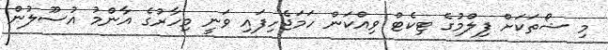
މި ޝޯތަކަށް ފިލްމުގެ ޓިކެޓް ވިއްކަން ހަމަޖެހިފައި ވަނީ މިހާރުގެ އާންމު އުސޫލުން